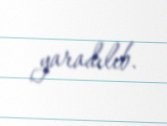
yaradılıb.